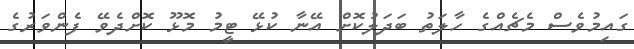
ގައިމުވެސް މެޗެއްގެ ހާލަތު ބަދަލުކޮށް އޭނާ ކުޅޭ ޓީމު މޮޅޫ ކޮށްދެވޭ ފެންވަރުގެ